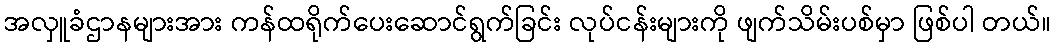
အလှူခံဌာနများအား ကန်ထရိုက်ပေးဆောင်ရွက်ခြင်း လုပ်ငန်းများကို ဖျက်သိမ်းပစ်မှာ ဖြစ်ပါ တယ်။